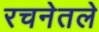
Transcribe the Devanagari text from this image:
रचनेतले